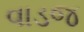
વાડજ